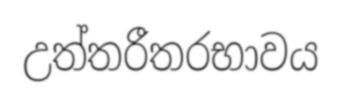
උත්තරීතරභාවය